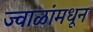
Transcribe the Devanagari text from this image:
ज्वाळांमधून